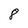
Character: 8